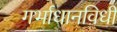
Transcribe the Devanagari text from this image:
गर्भाधानविधी